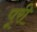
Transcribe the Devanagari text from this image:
पूूरी